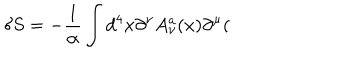
\delta S = - \frac 1 \alpha \int d ^ { 4 } x \partial ^ { \nu } A _ { \nu } ^ { a } ( x ) \partial ^ { \mu } (